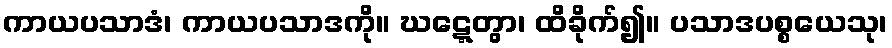
ကာယပသာဒံ၊ ကာယပသာဒကို။ ဃဋ္ဋေတွာ၊ ထိခိုက်၍။ ပသာဒပစ္စယေသု၊